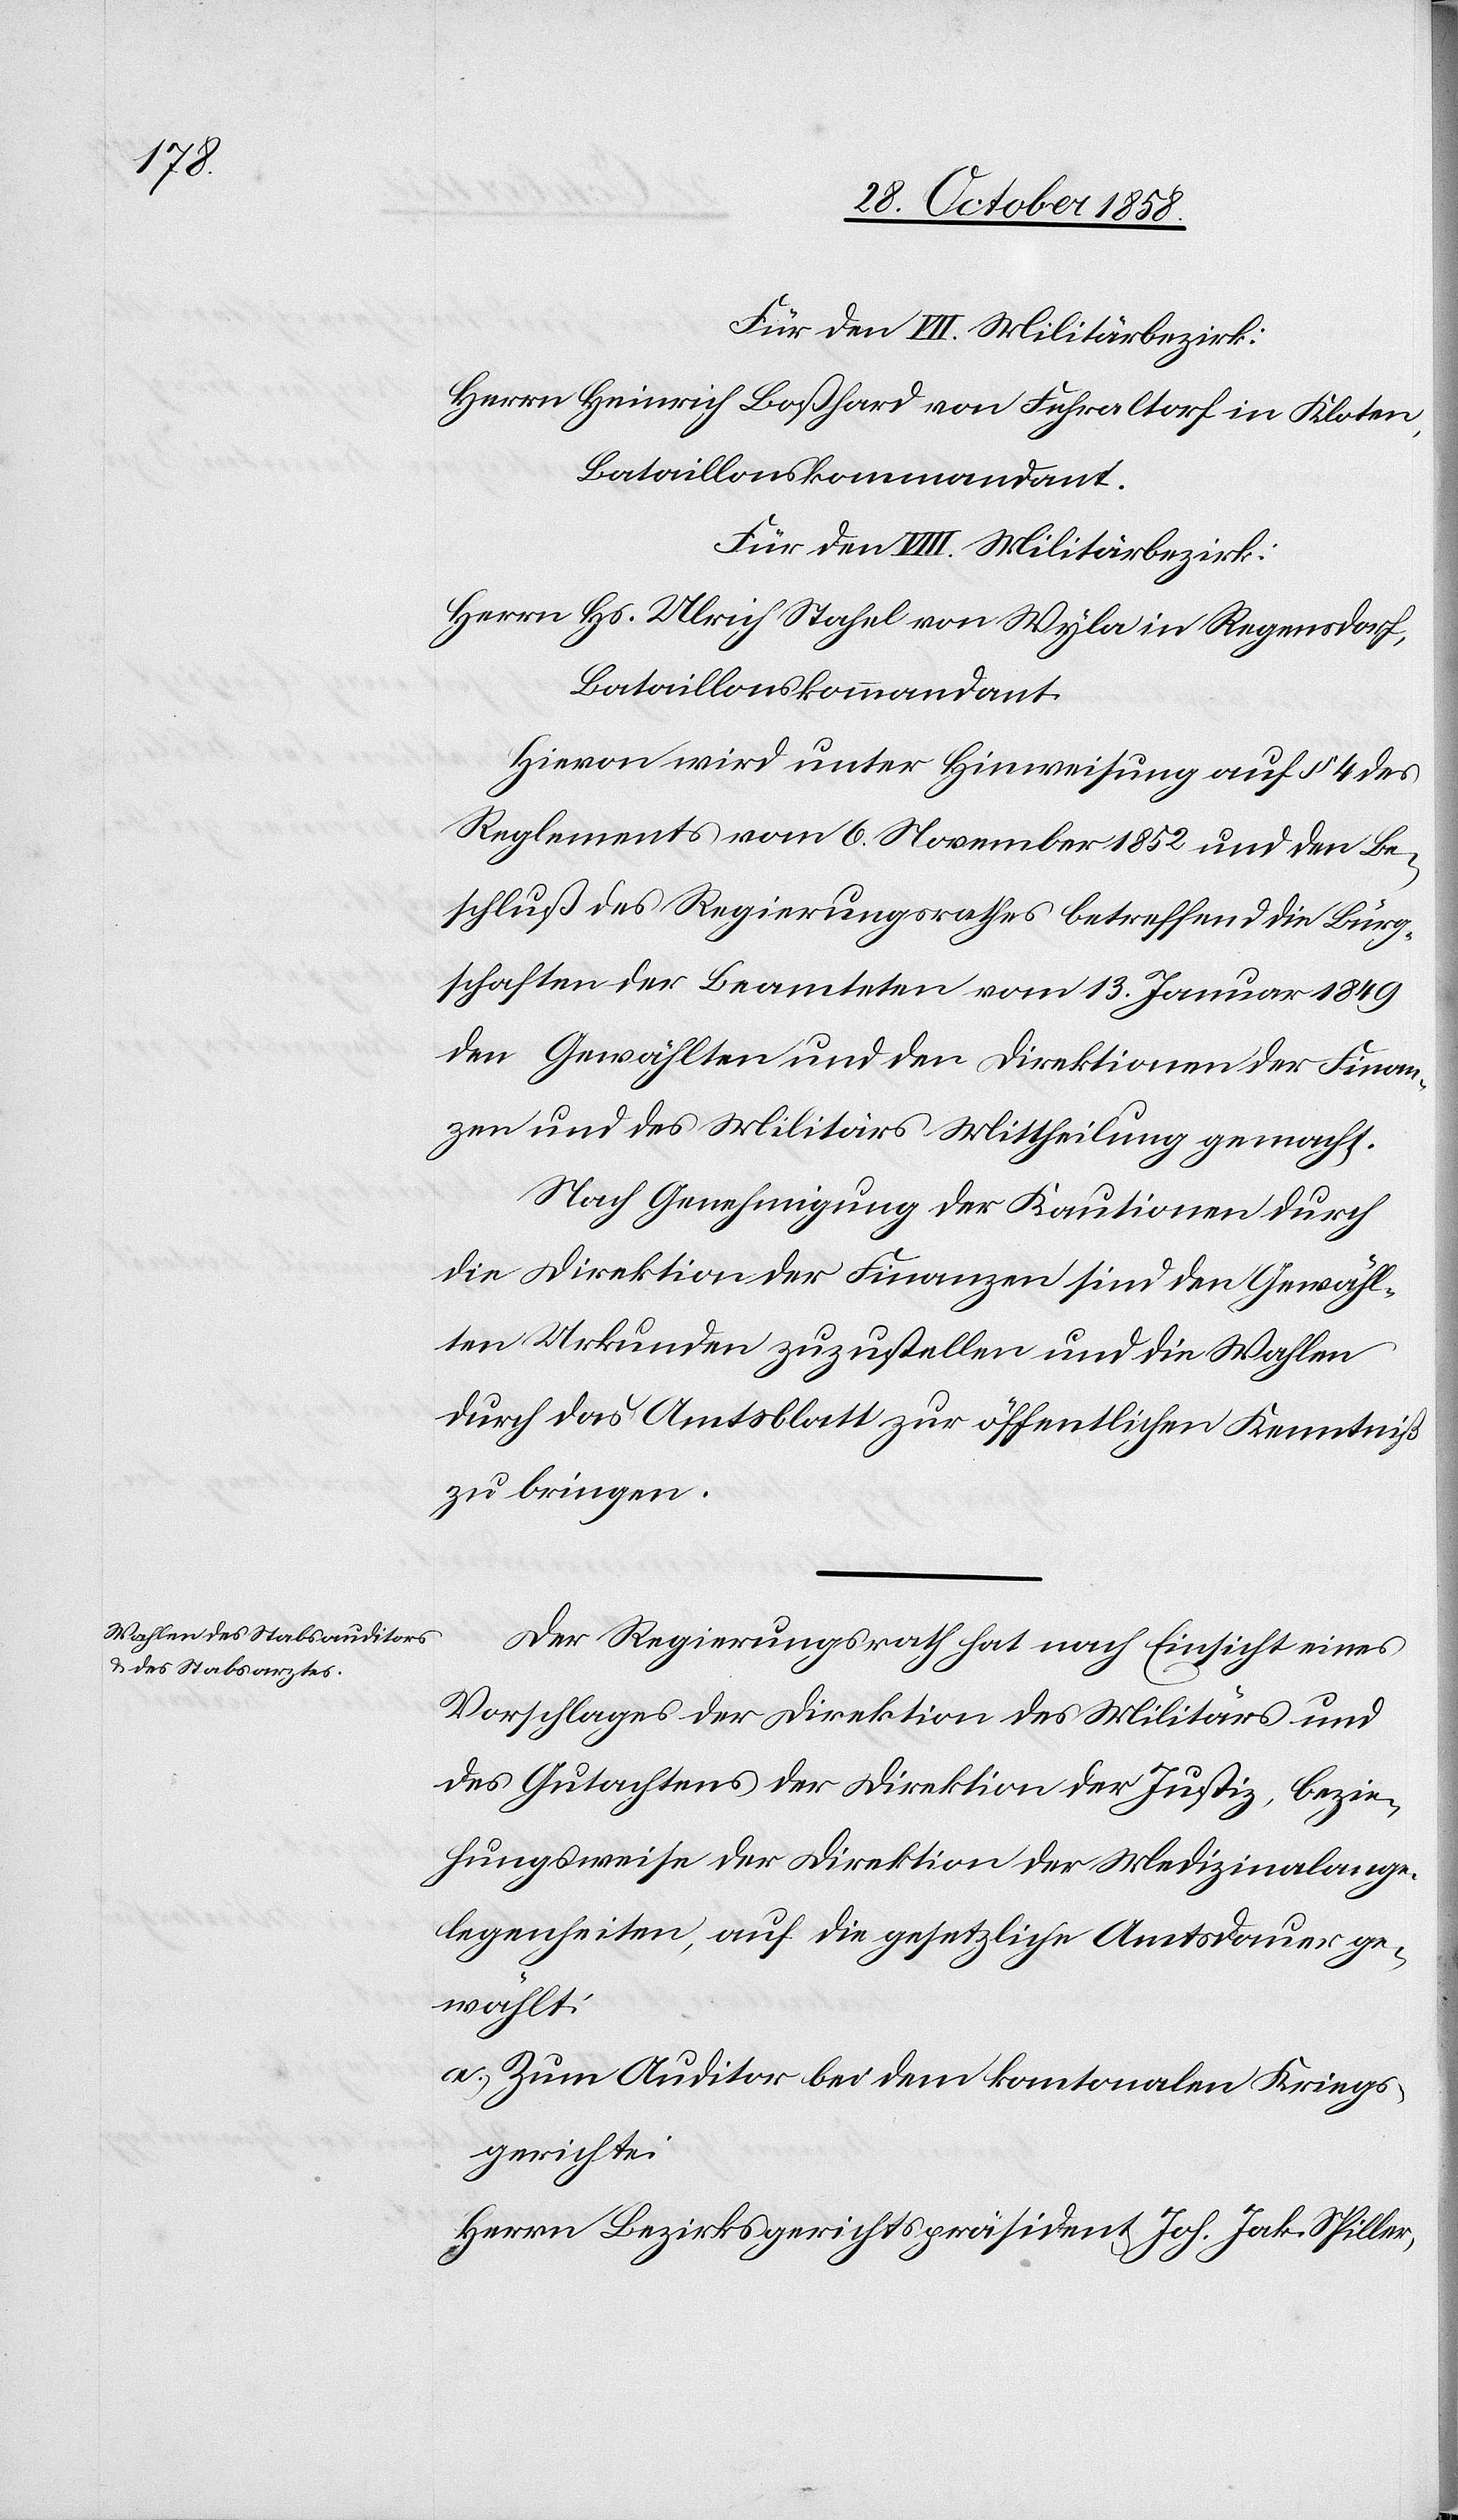
Herrn Heinrich Boßhard von Fehraltorf in Kloten,
Bataillonskommandant.
Für den VIII. Militärbezirk:
Herrn Hs. Ulrich Stahel von Wyla in Regensdorf,
Bataillonskommandant.
Hievon wird unter Hinweisung auf § 4 des
Reglements vom 6. November 1852 und den Be¬
schluß des Regierungsrathes betreffend die Bürg¬
schaften der Beamteten vom 13. Januar 1849
den Gewählten und den Direktionen der Finan¬
zen und des Militärs Mittheilung gemacht.
Nach Genehmigung der Kautionen durch
die Direktion der Finanzen sind den Gewähl¬
ten Urkunden zuzustellen und die Wahlen
durch das Amtsblatt zur öffentlichen Kenntniß
zu bringen.
Der Regierungsrath hat nach Einsicht eines
Vorschlages der Direktion des Militärs und
des Gutachtens der Direktion der Justiz, bezie¬
hungsweise der Direktion der Medizinalange¬
legenheiten, auf die gesetzliche Amtsdauer ge¬
wählt:
Zum Auditor bei dem kantonalen Kriegs¬
gerichte:
Herrn Bezirksgerichtspräsident Joh. Jak. Spiller,